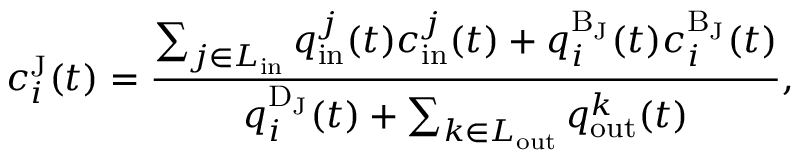
c _ { i } ^ { \mathrm { J } } ( t ) = \frac { \sum _ { j \in L _ { \mathrm { i n } } } q _ { \mathrm { i n } } ^ { j } ( t ) c _ { \mathrm { i n } } ^ { j } ( t ) + q _ { i } ^ { \mathrm { B _ { \mathrm { J } } } } ( t ) c _ { i } ^ { \mathrm { B _ { \mathrm { J } } } } ( t ) } { q _ { i } ^ { \mathrm { D } _ { \mathrm { J } } } ( t ) + \sum _ { k \in L _ { \mathrm { o u t } } } q _ { \mathrm { o u t } } ^ { k } ( t ) } ,